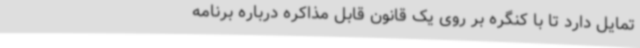
تمایل دارد تا با کنگره بر روی یک قانون قابل مذاکره درباره برنامه